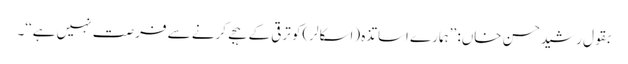
بقول رشیدحسن خاں: ’’ہمارے اساتذہ (اسکالر)کو ترقی کے ہجے کرنے سے فرصت نہیں ہے‘‘۔